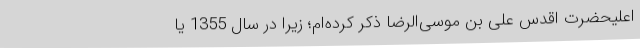
اعلیحضرت اقدس علی بن موسی‌الرّضا ذکر کرده‌ام؛ زیرا در سال 1355 یا